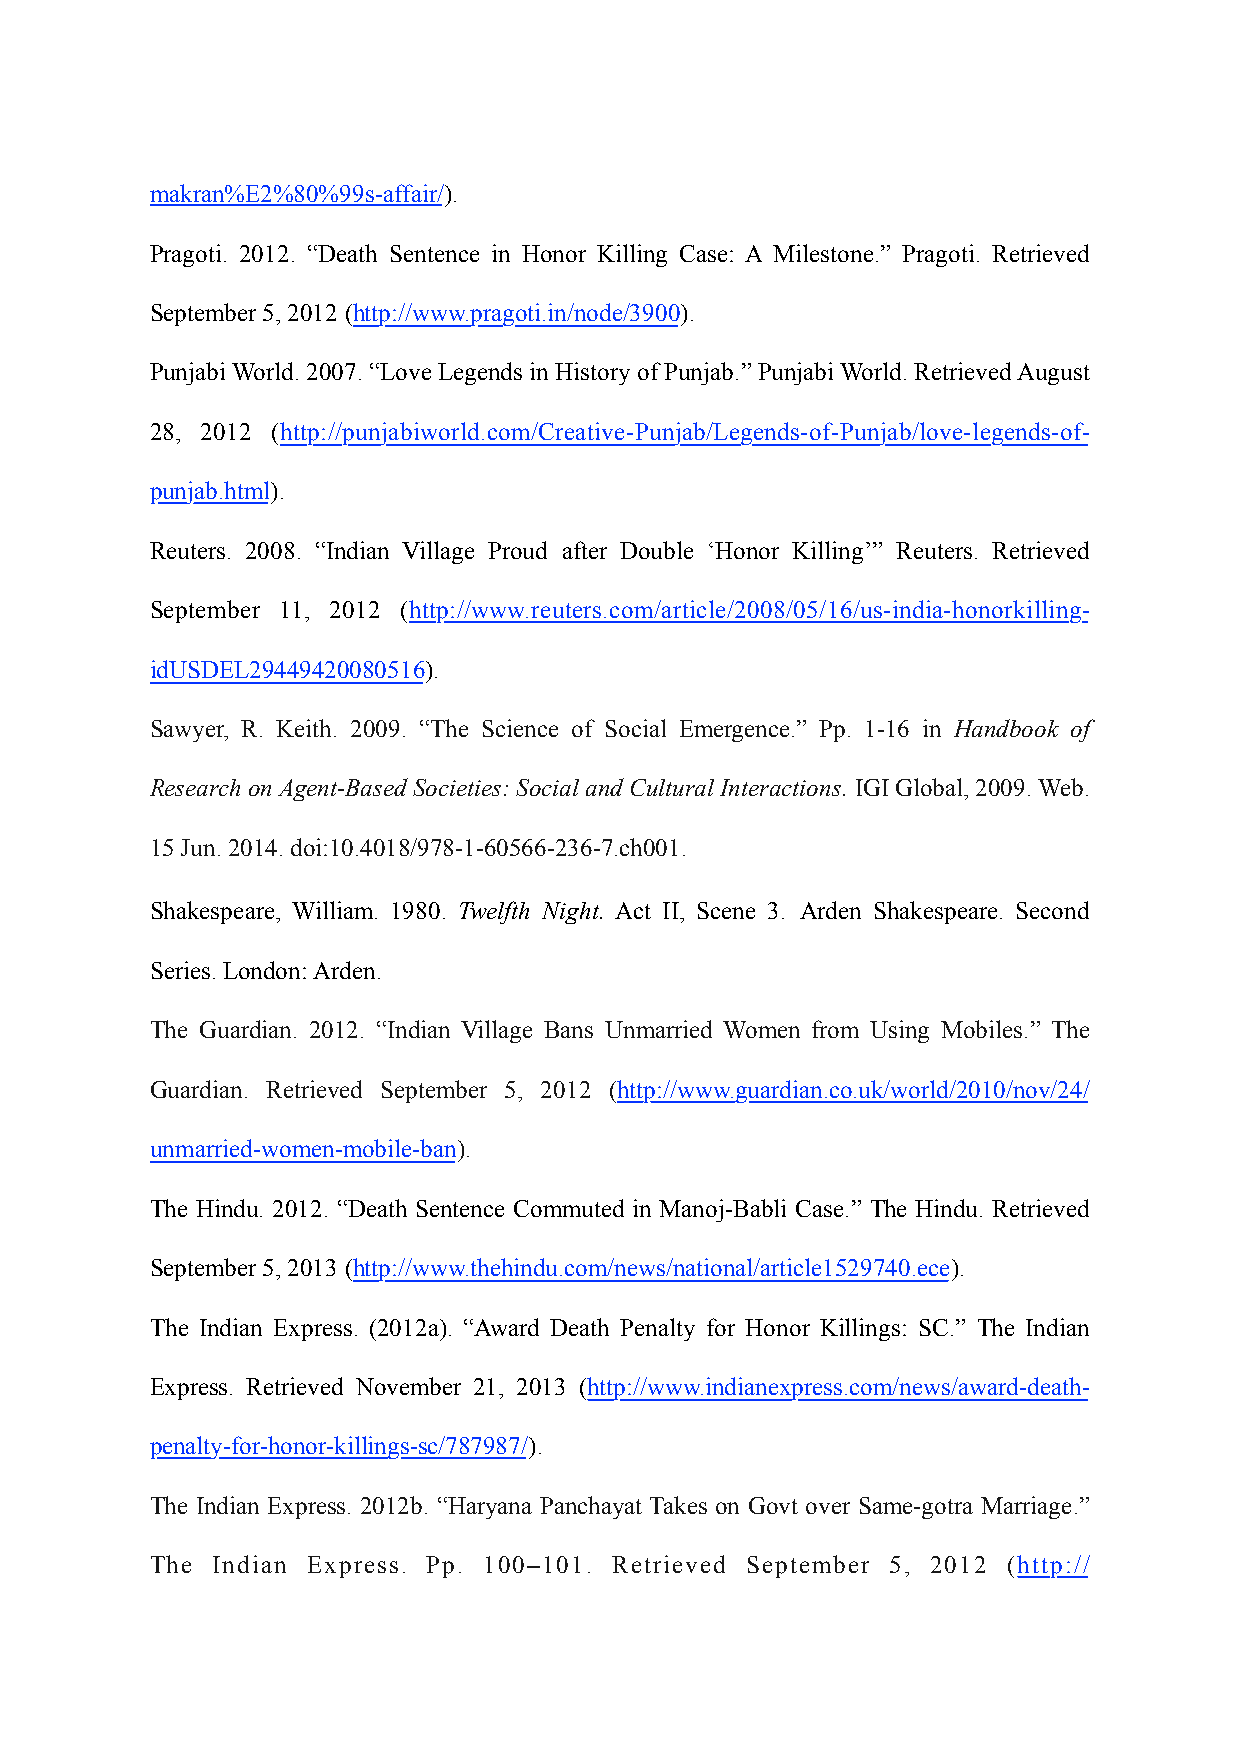
makran%E2%80%99s-affair/).
 Pragoti. 2012. “Death Sentence in Honor Killing Case: A Milestone.” Pragoti. Retrieved
 September 5, 2012 (http://www.pragoti.in/node/3900).
 Punjabi World. 2007. “Love Legends in History of Punjab.” Punjabi World. Retrieved August
 28, 2012 (http://punjabiworld.com/Creative-Punjab/Legends-of-Punjab/love-legends-of-
 punjab.html).
 Reuters. 2008. “Indian Village Proud after Double ‘Honor Killing’” Reuters. Retrieved
 September 11, 2012 (http://www.reuters.com/article/2008/05/16/us-india-honorkilling-
 idUSDEL29449420080516).
 Sawyer, R. Keith. 2009. “The Science of Social Emergence.” Pp. 1-16 in Handbook of
 Research on Agent-Based Societies: Social and Cultural Interactions. IGI Global, 2009. Web.
 15 Jun. 2014. doi:10.4018/978-1-60566-236-7.ch001.
 Shakespeare, William. 1980. Twelfth Night. Act II, Scene 3. Arden Shakespeare. Second
 Series. London: Arden.
 The Guardian. 2012. “Indian Village Bans Unmarried Women from Using Mobiles.” The
 Guardian. Retrieved September 5, 2012 (http://www.guardian.co.uk/world/2010/nov/24/
 unmarried-women-mobile-ban).
 The Hindu. 2012. “Death Sentence Commuted in Manoj-Babli Case.” The Hindu. Retrieved
 September 5, 2013 (http://www.thehindu.com/news/national/article1529740.ece).
 The Indian Express. (2012a). “Award Death Penalty for Honor Killings: SC.” The Indian
 Express. Retrieved November 21, 2013 (http://www.indianexpress.com/news/award-death-
 penalty-for-honor-killings-sc/787987/).
 The Indian Express. 2012b. “Haryana Panchayat Takes on Govt over Same-gotra Marriage.”
 The Indian Express. Pp. 100–101. Retrieved September 5, 2012 (http://